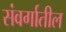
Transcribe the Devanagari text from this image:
संवर्गातील